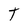
Character: T